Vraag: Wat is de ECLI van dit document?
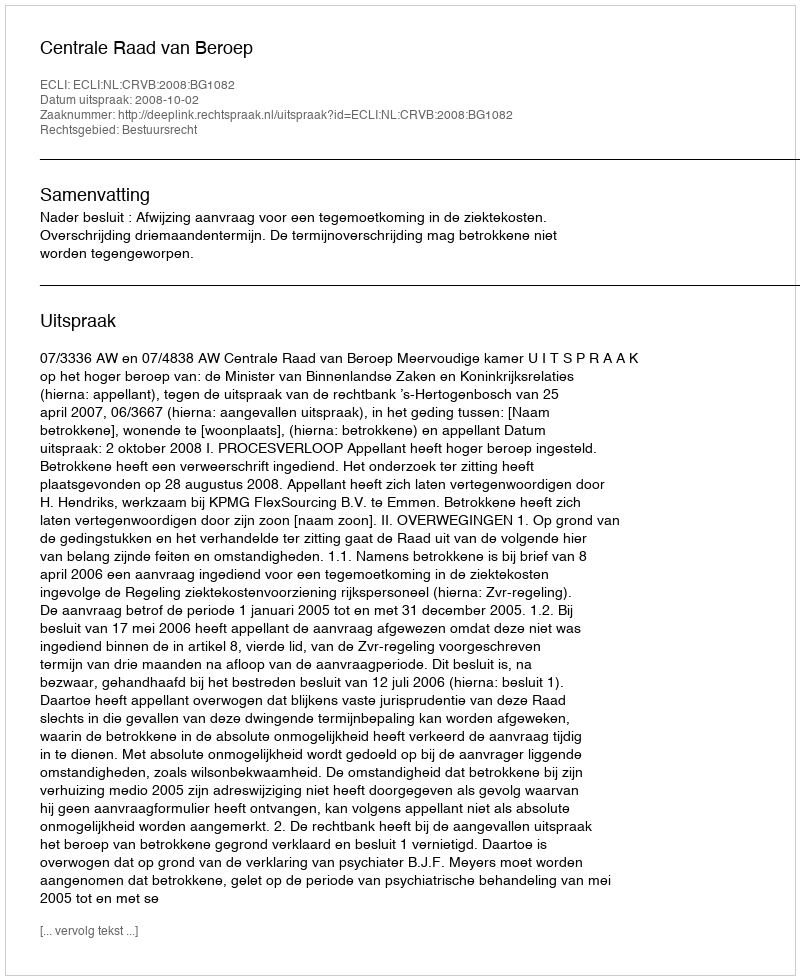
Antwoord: ECLI:NL:CRVB:2008:BG1082